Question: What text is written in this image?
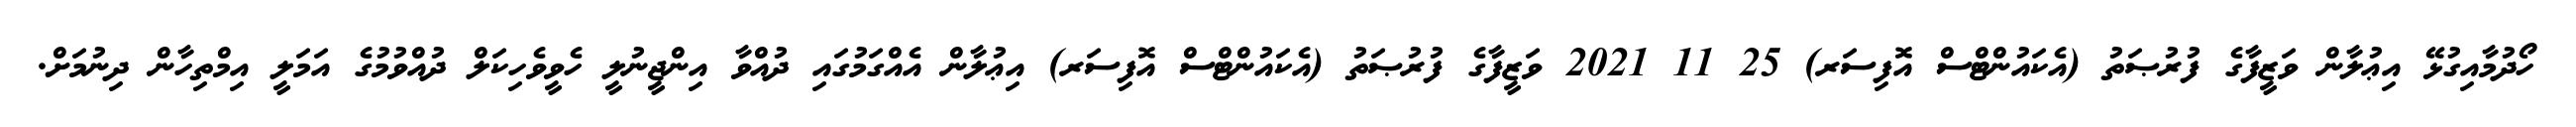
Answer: ހޯދުމާއިގުޅޭ އިޢުލާން ވަޒީފާގެ ފުރުޞަތު (އެކައުންޓްސް އޮފިސަރ) 25 11 2021 ވަޒީފާގެ ފުރުޞަތު (އެކައުންޓްސް އޮފިސަރ) އިޢުލާން އެއްގަމުގައި ދުއްވާ އިންޖީނުލީ ހެވީވެހިކަލް ދުއްވުމުގެ އަމަލީ އިމްތިހާން ދިނުމަށް.